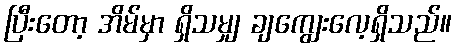
ပြီးတော့ အိမ်မှာ ရှိသမျှ ချကျွေးလေ့ရှိသည်။